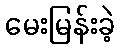
မေးမြန်းခဲ့